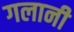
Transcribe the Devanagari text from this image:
गलानी